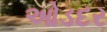
ઓડદર